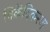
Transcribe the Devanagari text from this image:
विक्रेंदिकरण